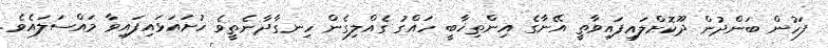
ފަހުން ބަންދުން ދޫކޮށްލައިފައިވާތީ އޭނާގެ އިންތިޚާބީ ހައްގު ގެއްލިގެން ހިނގާދާނެތީވެ ހުށައަޅައިފައިވާ މައްސަލައެވެ.